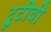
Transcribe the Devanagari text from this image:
ट्रूटीवी